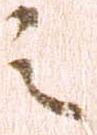
之